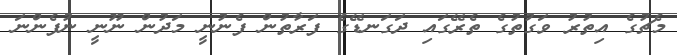
މެޗުގެ އިތުުރު ވަގުތުގެ ތެރޭގައި ދަގަނޑޭގެ ފަރާތުން ފެނުނީ މަދުން ނޫނީ ނުފެންނަ